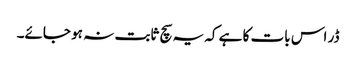
ڈر اس بات کا ہے کہ یہ سچ ثابت نہ ہو جائے۔